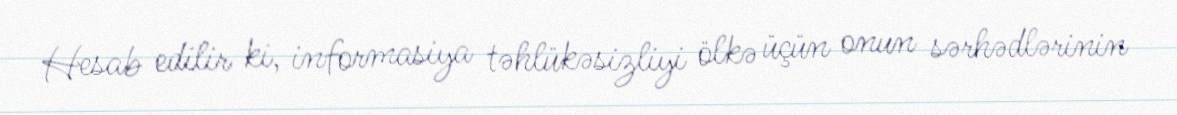
Hesab edilir ki, informasiya təhlükəsizliyi ölkə üçün onun sərhədlərinin